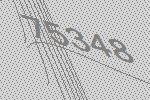
75348